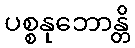
ပစ္စနုဘောန္တိ